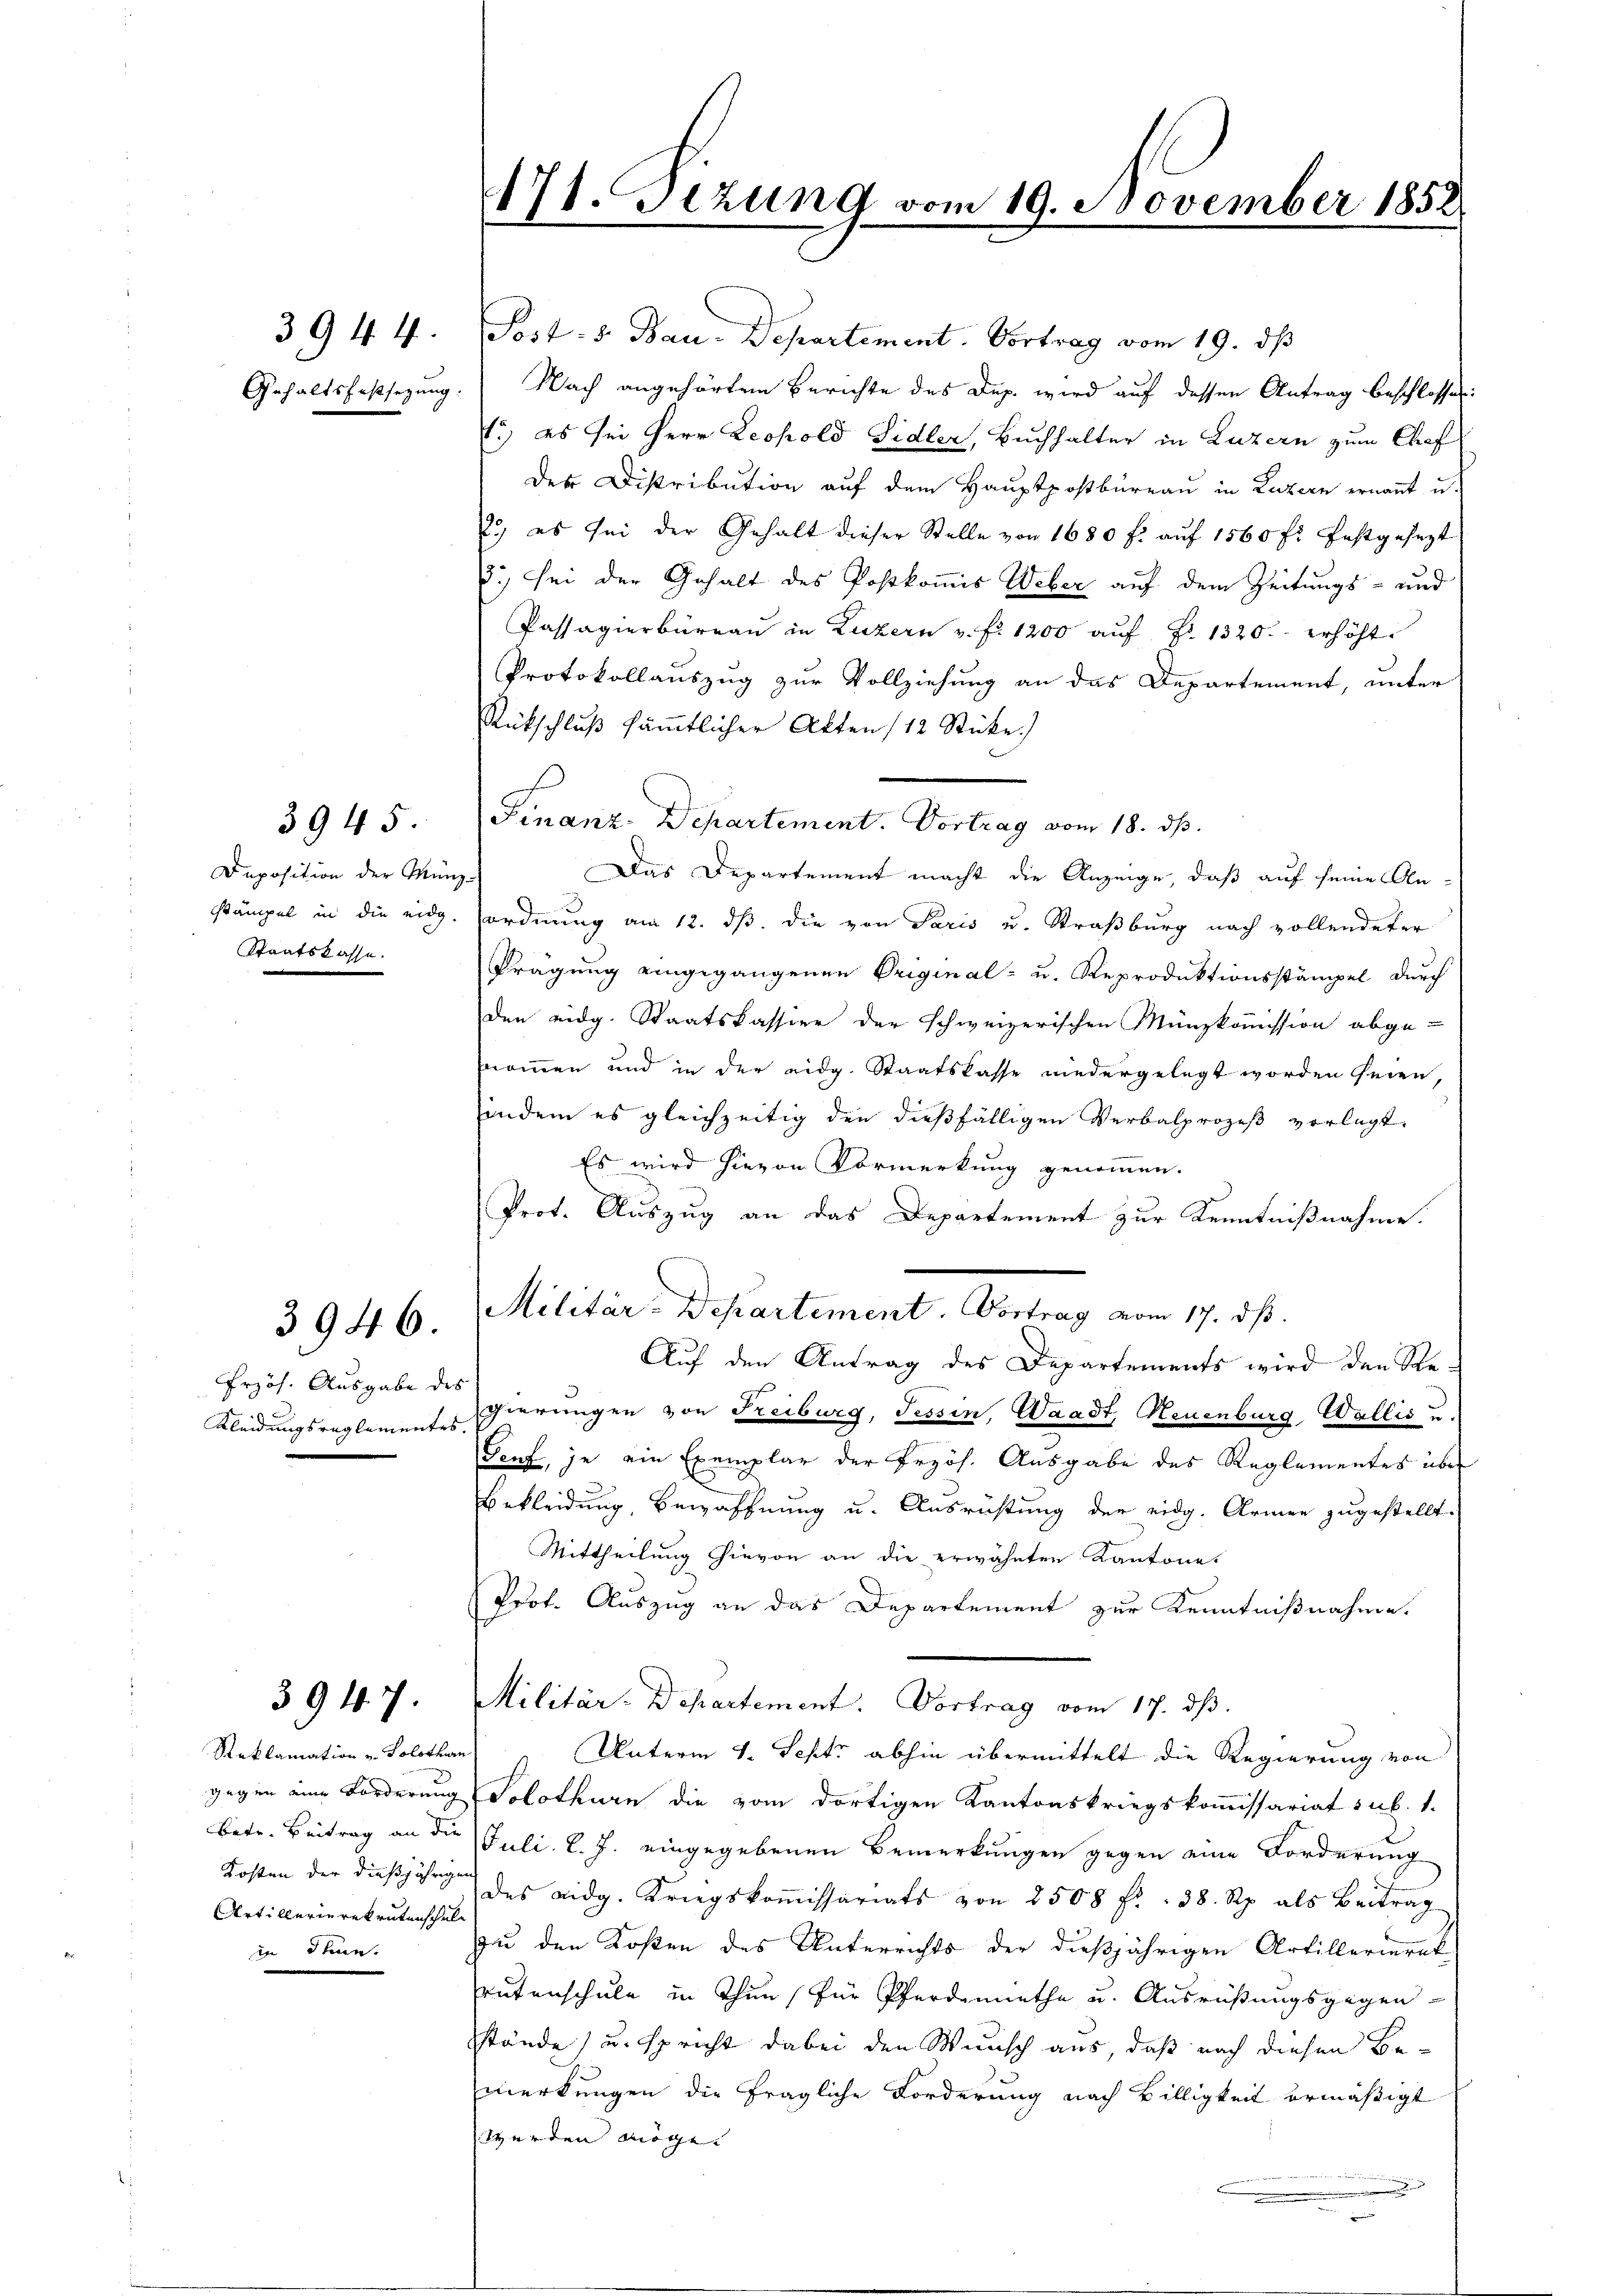
Gehaltsfestsezung:

3944.

Deposition der Münz-
Staatskasse.

3945

3946.

Erzös. Ausgabe des

3947.

Reklamation v. Solothurn
Artillerierekrutenschule
in Stein.

171. Jezung vom 19. November 1858
s

Post- u. Bau-Departement. Vortrag vom 19. ds
Nach angehörten Berichte des Dup. wird auf dessen Antrag beschlossen:
1.) es sei Herr Leopold Sidler, Buchhalter in Luzern zum Chef
Der Distribution auf dem Hauptpostbureau in Luzern ernannt u.
2, es sei der Gehalt dieser Stelle von 1680 f. aŭf 1560 f: festgesezt
.) Sei der Gehalt des Postkommis Weber auf dem Zeitungs- und
Passagierbüreaŭ in Luzern u. f. 1200 aŭf Fr. 1320. erhöht.
Protokollauszug zur Vollziehung an das Departement, unter
Rückschluß sämmtlicher Akten 112 Stücke)
Finanz-Departement. Vortrag vom 18. ds.
Das Departement macht die Anzeige, daß auf seine An-
stämpel in die eidg. ordnung am 12. dß die von Paris u. Straßburg nach vollendeter
Prägung eingegangenen Original- u. Reproduktionsstämpel durch
den eidg. Staatskassier der schweizerischen Münzkommission abge-
nommen und in der eidg. Staatskasse niedergelegt worden seien,
indem es gleichzeitig den dießfälligen Verbalprozeß verlegt,
Es wird hievon Vormerkung genommen.
Prot. Auszug an das Departement zur Kenntnißnahme.
Militär-Departement. Vortrag vom 17. ds.
Auf den Antrag des Departements wird den Re¬
Kleidungsreglementes hierungen von Freiburg, Tessin, Waadt, Neuenburg, Wallis u.
Senf, je ein Exemplar der Erzös. Ausgabe des Reglementes über
Bekleidung, Bewaffnung u. Ausrichtung der eidg. Armen zugestellt.
Mittheilung hievon an die erwähnten Kantone.
Prot. Auszug an das Departement zur Kenntnißnahme.
Militär-Departement. Vortrag vom 17. ds.
Unterm 4. Sept. abhin übermittelt die Regierung von
gegen eine Forderung Solothurn die vom dortigen Kantonskriegskommissariat sub. 1.
Betr. Beitrag an die Juli l. J. eingegebenen Bemerkungen gegen eine Forderung
Kosten der dießjährigen des eidg. Kriegskoṁissariats von 2508 f. 38. Rp. als Beitrag
zu den Kosten des Unterrichts der dießjährigen Artillerieret
rutenschule in Thun, für Pferdemethe u. Ausrüßungsgegen-
sstände, u. spricht dabei den Wunsch aus, daß nach diesen Bemerkungen die fragliche Forderung nach Willigkeit ermäßigt
werden mögen |